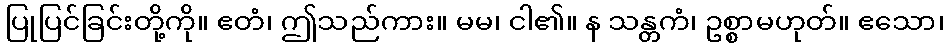
ပြုပြင်ခြင်းတို့ကို။ ဧတံ၊ ဤသည်ကား။ မမ၊ ငါ၏။ န သန္တကံ၊ ဥစ္စာမဟုတ်။ ဧသော၊